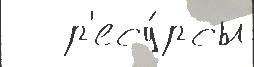
   р'есу́рсы